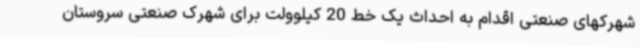
شهرکهای صنعتی اقدام به احداث یک خط 20 کیلوولت برای شهرک صنعتی سروستان